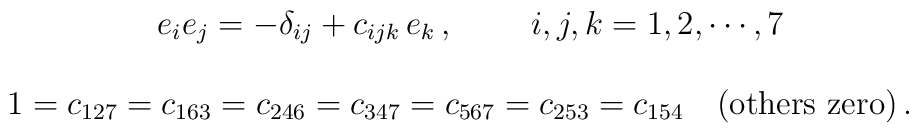
\begin{array}{c}~~e_{i}e_{j}=-\delta_{ij}+c_{ijk}\,e_{k}\,,~~~~~~~{i,j,k=1,2,\cdots,7}\\ {}\\1=c_{127}=c_{163}=c_{246}=c_{347}=c_{567}=c_{253}=c_{154}~~~\mbox{(others zero)}\,.\end{array}